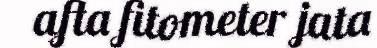
afta fitometer jata